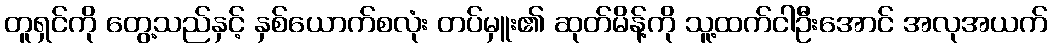
တူရှင်ကို တွေ့သည်နှင့် နှစ်ယောက်စလုံး တပ်မှူး၏ ဆုတ်မိန့်ကို သူ့ထက်ငါဦးအောင် အလုအယက်